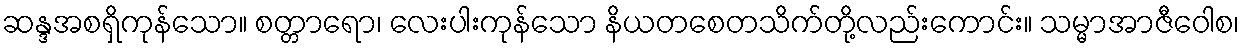
ဆန္ဒအစရှိကုန်သော။ စတ္တာရော၊ လေးပါးကုန်သော နိယတစေတသိက်တို့လည်းကောင်း။ သမ္မာအာဇီဝေါစ၊